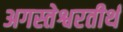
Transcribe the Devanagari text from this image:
अगस्तेश्वरतीर्थ